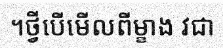
។ថ្វីបើមើលពីម្ខាង វជា